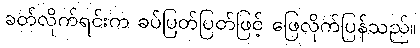
ခတ်လိုက်ရင်းက ခပ်ပြတ်ပြတ်ဖြင့် ဖြေလိုက်ပြန်သည်။